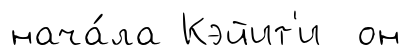
нача́ла Кэйит'и он